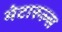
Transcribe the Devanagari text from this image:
मेटारुल्स